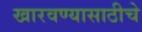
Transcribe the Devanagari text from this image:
खारवण्यासाठीचे